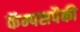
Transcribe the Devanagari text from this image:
कॅम्पसपैकी